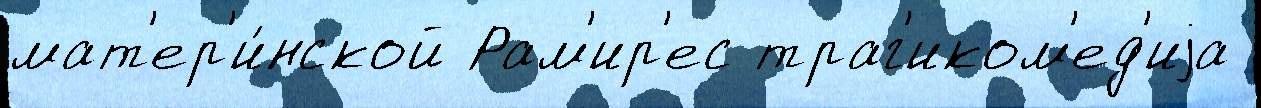
мат'ер'и́нской Рам'ир'ес траг'иком'ед'иjа